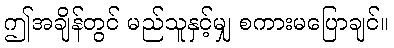
ဤအချိန်တွင် မည်သူနှင့်မျှ စကားမပြောချင်။